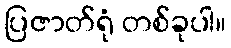
ပြဇာတ်ရုံ တစ်ခုပါ။